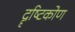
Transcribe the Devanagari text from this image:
दॄष्‍टिकोण